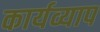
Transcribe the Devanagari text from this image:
कार्यव्याप